Lunatic asylums Punjab 1895-1910 - 1895-1910
Year: 1895
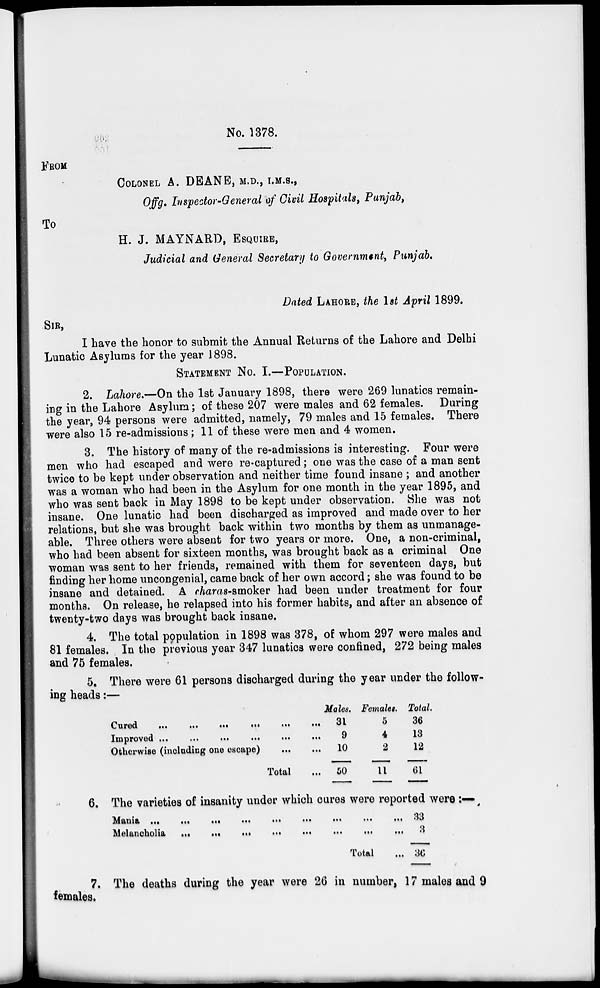
No. 1378.
FROM
COLONEL A. DEANE, M.D., I.M.S.,
Offg. Inspector-General of Civil Hospitals, Punjab,
TO
H. J. MAYNARD, ESQUIRE,
Judicial and General Secretary to Government, Punjab.
Dated LAHORE, the 1st April 1899.
SIR,
I have the honor to submit the Annual Returns of the Lahore and Delhi
Lunatic Asylums for the year 1898.
STATEMENT
NO. I.—POPULATION.
2. Lahore.—On the 1st January 1898, there were 269 lunatics remain-
ing in the Lahore Asylum; of these 207 were males and 62 females. During
the year, 94 persons were admitted, namely, 79 males and 15 females. There
were also 15 re-admissions; 11 of these were men and 4 women.
3. The history of many of the re-admissions is interesting. Four were
men who had escaped and were re-captured; one was the case of a man sent
twice to be kept under observation and neither time found insane; and another
was a woman who had been in the Asylum for one month in the year 1895, and
who was sent back in May 1898 to be kept under observation. She was not
insane. One lunatic had been discharged as improved and made over to her
relations, but she was brought back within two months by them as unmanage-
able. Three others were absent for two years or more. One, a non-criminal,
who had been absent for sixteen months, was brought back as a criminal One
woman was sent to her friends, remained with them for seventeen days, but
finding her home uncongenial, came back of her own accord; she was found to be
insane and detained. A charas-smoker had been under treatment for four
months. On release, he relapsed into his former habits, and after an absence of
twenty-two days was brought back insane.
4. The total population in 1898 was 378, of whom 297 were males and
81 females. , In the previous year 347 lunatics were confined, 272 being males
and 75 females.
5. There were 61 persons discharged during the year under the follow-
ing heads:—
Cured
...
...
...
...
...
Improved
...
...
...
...
...
Otherwise (including one escape) ... ...
Total ....
Males.
31
9
10
50
Female.
5
4
2
11
Total.
36
13
12
61
6. The varieties of insanity under which cures were reported were:—
Mania ... ... ... ... ...
Melancholla
...
...
...
...
Total ...
33
3
36
7. The deaths during the year were 26 in number, 17 males and 9
females.